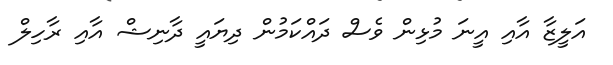
އަލީޒާ އާއި އީނަ މުޅިން ވެސް ދައްކަމުން ދިޔައީ ދާނިޝް އާއި ރާހިލް